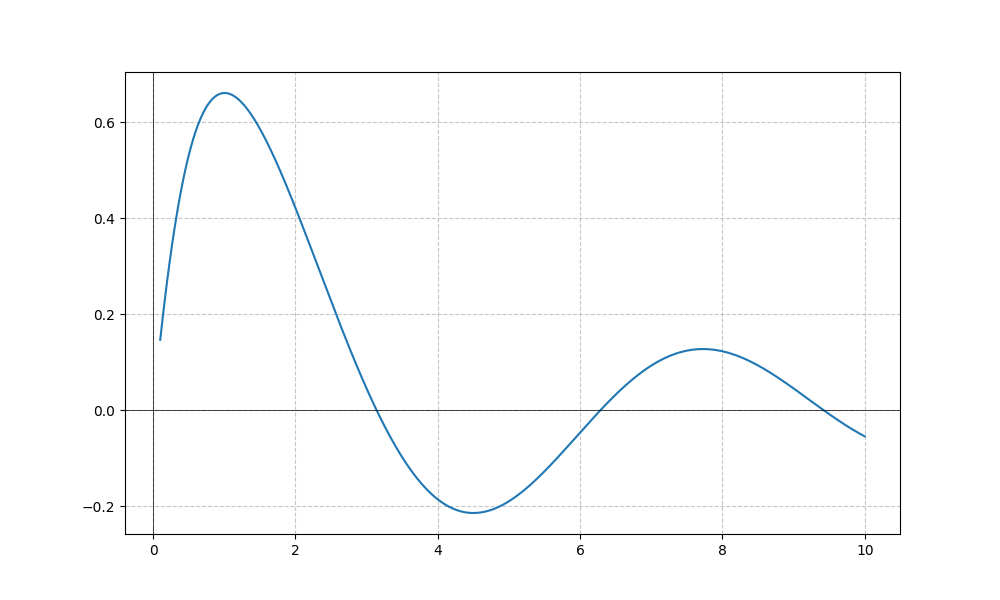
LaTeX formula: \sin{\left(x \right)} \operatorname{acot}{\left(x \right)}